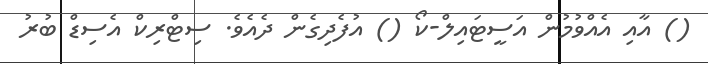
() އާއި އެއްވުމުން އަސީޓައިލް-ކޯ () އުފެދިގެން ދެއެވެ. ސިޓްރިކް އެސިޑް ބުރު